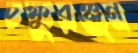
চক্ষুরঞ্জন